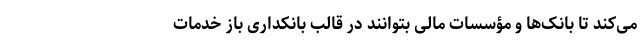
می‌کند تا بانک‌ها و مؤسسات مالی بتوانند در قالب بانکداری باز خدمات